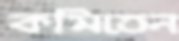
কমিতেন